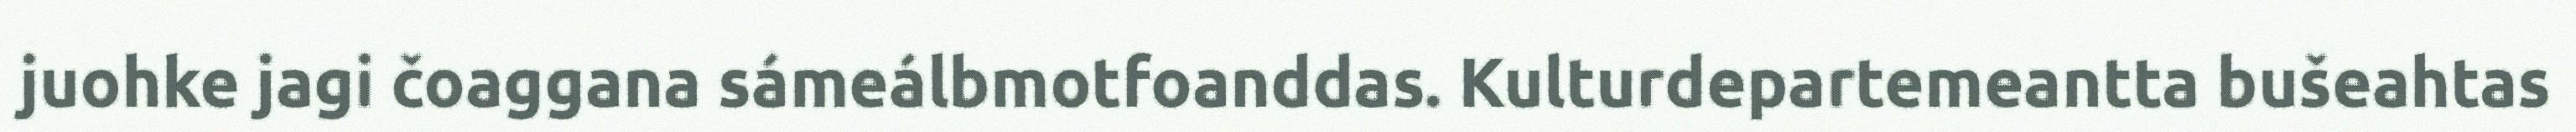
juohke jagi čoaggana sámeálbmotfoanddas. Kulturdepartemeantta bušeahtas